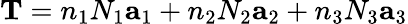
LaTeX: {\mathbf T}=n_{1}N_{1}{\mathbf a}_{1}+n_{2}N_{2}{\mathbf a}_{2}+n_{3}N_{3}{\mathbf a}_{3}